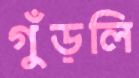
গুঁড়লি